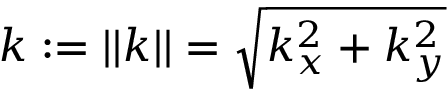
k : = | | \boldsymbol { k } | | = \sqrt { k _ { x } ^ { 2 } + k _ { y } ^ { 2 } }